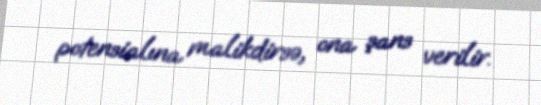
potensialına malikdirsə, ona şans verilir.